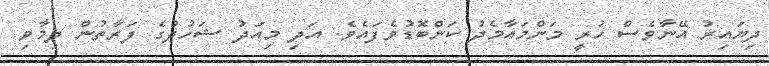
ދިޔައިރު އޭނާވެސް ހުރީ މަންމައާމެދު ކަންބޮޑުވެފައެވެ. އަދި މިއަދު ޝަހުދުގެ ފަރާތުން ދިމާވި